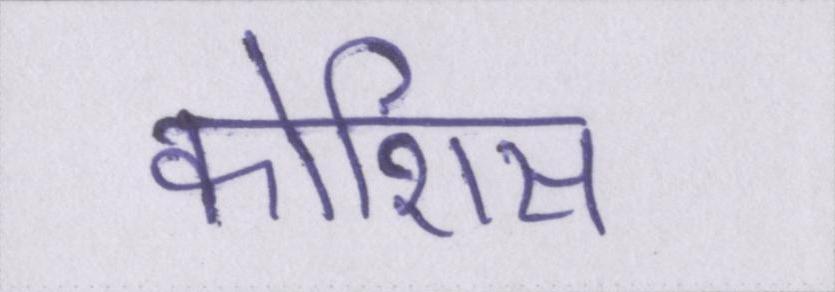
कोशिस